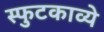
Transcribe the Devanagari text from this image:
स्फुटकाव्ये